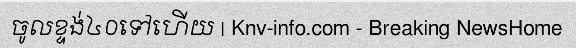
ចូលខ្ទង់៤០ទៅហើយ | Knv-info.com - Breaking NewsHome